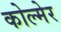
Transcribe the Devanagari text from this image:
कोल्मेर